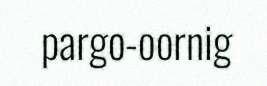
pargo-oornig